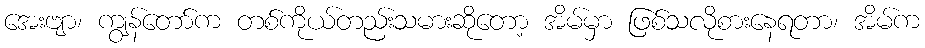
အေးဗျာ၊ ကျွန်တော်က တစ်ကိုယ်တည်းသမားဆိုတော့ အိမ်မှာ ဖြစ်သလိုစားနေရတာ၊ အိမ်က